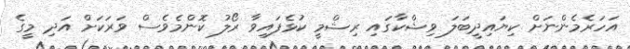
އަހަރެމެންނަށް ކިޔައިދީބަލަ ވިޝްކާގައި ރިޝްމީ ކުޅެފައިވާ ރޯލު ކޮންމެވެސް ވަރަކަށް އަދި މީގެ